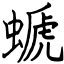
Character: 螔